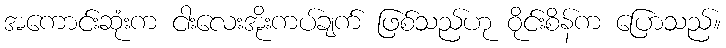
အကောင်းဆုံးက ငါးလေးအိုးကပ်ချက် ဖြစ်သည်ဟု ဝိုင်းစိန်က ပြောသည်။